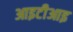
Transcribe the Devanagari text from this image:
आइटीआइ